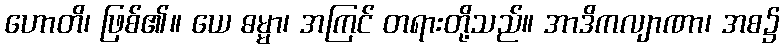
ဟောတိ၊ ဖြစ်၏။ ယေ ဓမ္မာ၊ အကြင် တရားတို့သည်။ အာဒိကလျာဏာ၊ အစ၌